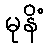
မုနိံ